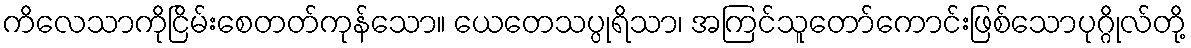
ကိလေသာကိုငြိမ်းစေတတ်ကုန်သော။ ယေတေသပ္ပုရိသာ၊ အကြင်သူတော်ကောင်းဖြစ်သောပုဂ္ဂိုလ်တို့